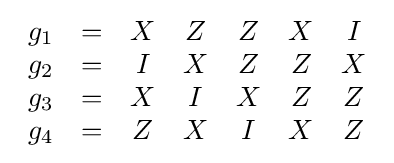
{\begin{array}{ccccccc}g_{1}&=&X&Z&Z&X&I\\g_{2}&=&I&X&Z&Z&X\\g_{3}&=&X&I&X&Z&Z\\g_{4}&=&Z&X&I&X&Z\end{array}}